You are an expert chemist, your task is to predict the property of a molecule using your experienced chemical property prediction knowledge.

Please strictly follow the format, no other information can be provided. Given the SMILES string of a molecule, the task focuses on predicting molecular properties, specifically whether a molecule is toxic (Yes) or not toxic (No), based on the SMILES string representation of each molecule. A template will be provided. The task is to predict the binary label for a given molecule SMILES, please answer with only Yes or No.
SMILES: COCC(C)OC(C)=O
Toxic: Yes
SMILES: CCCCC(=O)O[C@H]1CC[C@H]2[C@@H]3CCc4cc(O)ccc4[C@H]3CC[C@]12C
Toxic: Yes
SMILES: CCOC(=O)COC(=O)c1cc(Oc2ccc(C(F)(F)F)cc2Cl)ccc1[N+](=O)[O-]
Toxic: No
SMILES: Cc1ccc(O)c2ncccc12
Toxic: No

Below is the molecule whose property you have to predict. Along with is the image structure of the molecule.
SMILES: C1CN(CCOCCN2CCOCC2)CCO1
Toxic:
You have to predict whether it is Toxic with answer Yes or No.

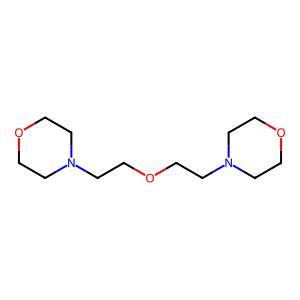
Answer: No